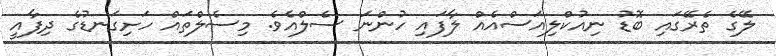
ލޭގެ ތެރޭގައި ބޮޑު ނިއުކްލިއަސްއެއް ލާފައި ހުންނަ ސެލްއެވެ. މިސެލްތައް ހަށިގަނޑުގެ ދިފާއީ